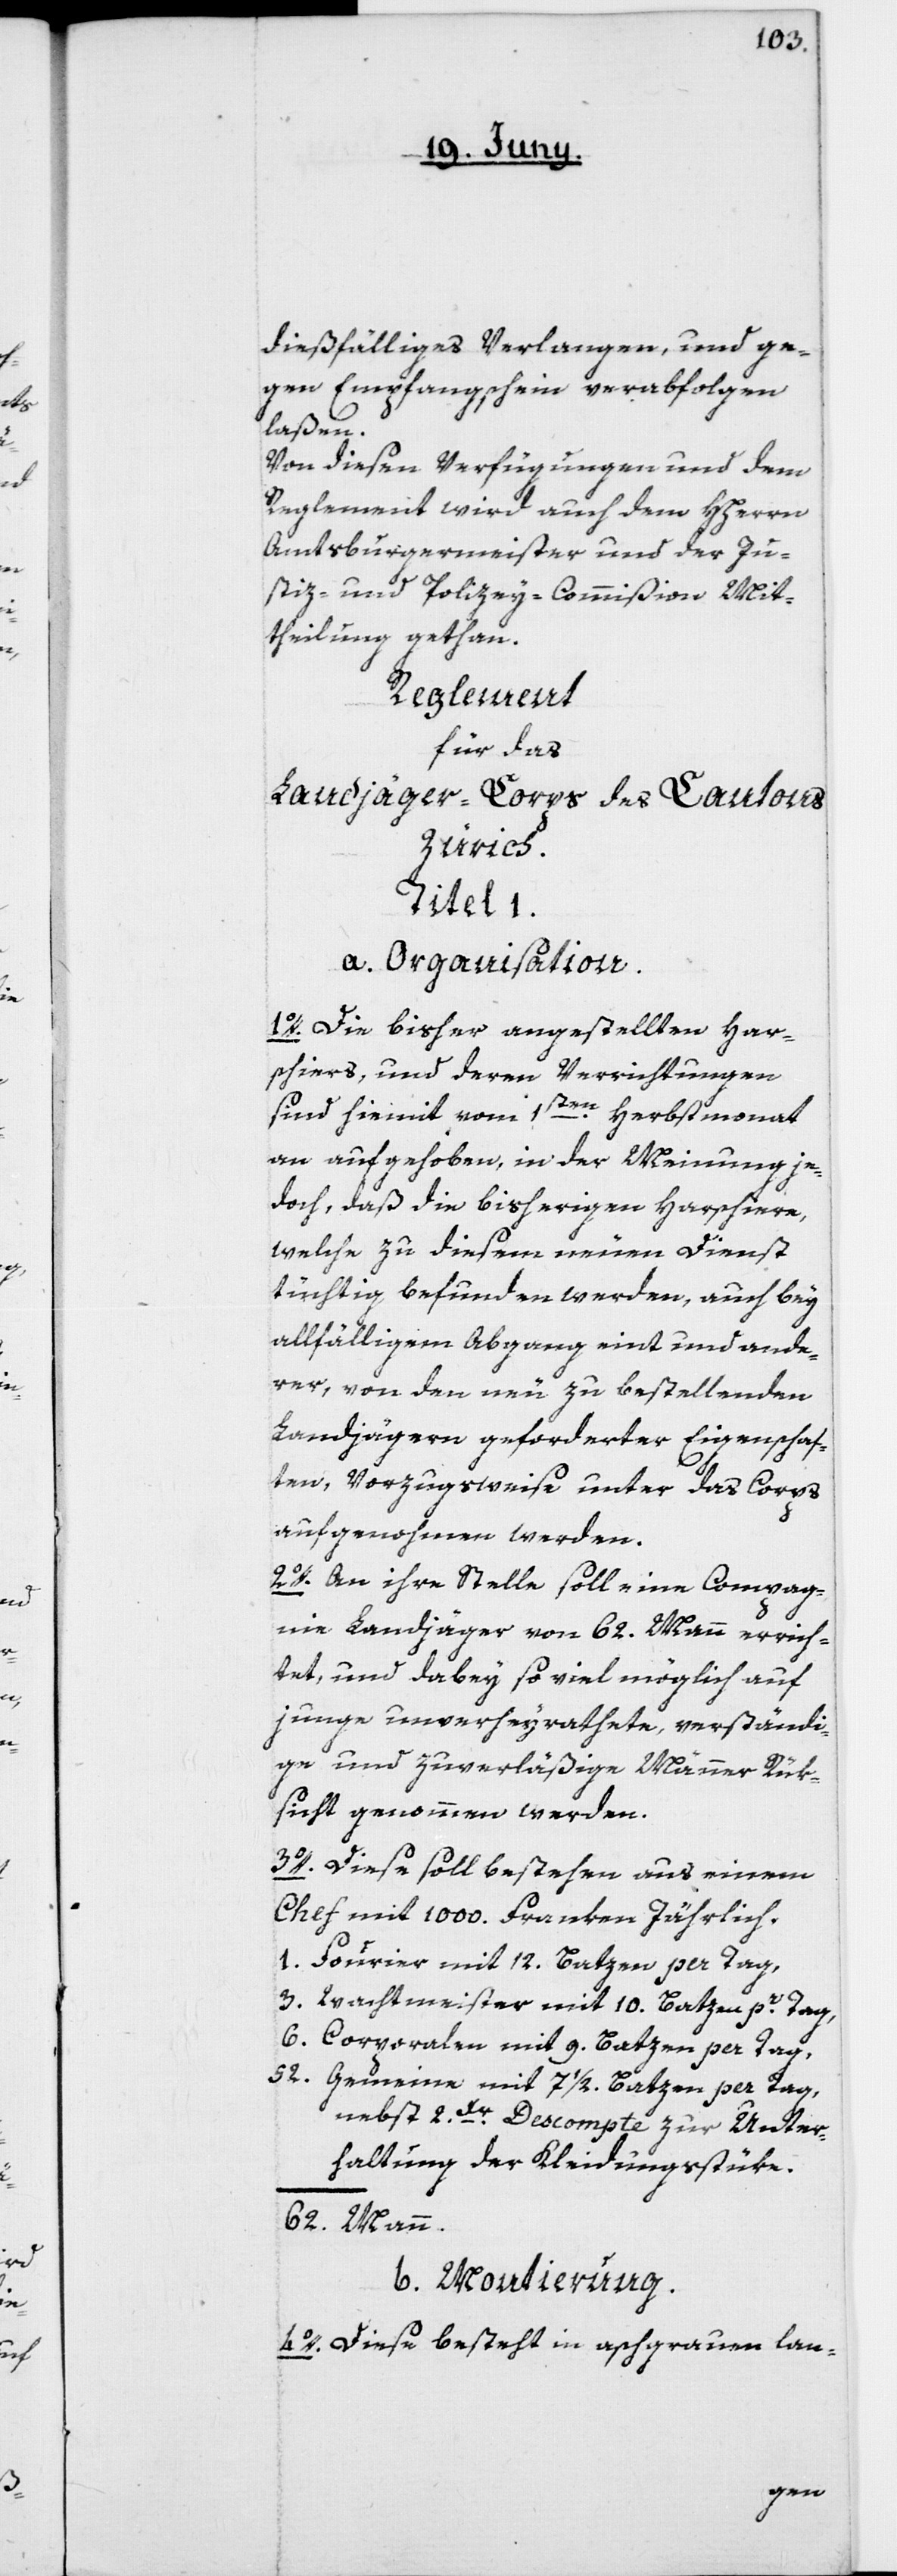
dießfälliges Verlangen, und ge¬
gen Empfangschein verabfolgen
laßen.
Von diesen Verfügungen und dem
Reglement wird auch dem HHerrn
Amtsburgermeister und der Ju¬
stiz- und Polizey-Commißion Mit¬
theilung gethan.
Reglement
für das
Landjäger-Corps des Cantons
Zürich.
Titel 1.
a. Organisation.
1o. Die bisher angestellten Har¬
schiers, und deren Verrichtungen
sind hiermit vom 1sten Herbstmonat
an aufgehoben, in der Meinung je¬
doch, daß die bisherigen Harschiere,
welche zu diesem neuen Dienst
tüchtig befunden werden, auch bey
allfälligem Abgang eint und ande¬
rer, von den neu zu bestellenden
Landjägern geforderter Eigenschaf¬
ten, vorzugsweise unter das Corps
aufgenohmen werden.
2o. An ihre Stelle soll eine Compag¬
nie Landjäger von 62. Mann errich¬
tet, und dabey so viel möglich auf
junge unverheyrathete, verständi¬
ge und zuverläßige Männer Rük¬
sicht genommen werden.
3o. Diese soll bestehen aus einem
Chef mit 1000. Franken Jährlich.
1. Fourrier mit 12. Batzen per Tag,
3. Wachtmeister mit 10. Batzen pr Tag,
6. Corporalen mit 9. Batzen per Tag,
52. Gemeine mit 7 1/2 Batzen per Tag,
nebst 2 Kr. Descompte zur Unter¬
haltung der 	Kleidungsstüke.
62. Mann.
b. Montierung.
4o. Diese besteht in aschgrauen lan-